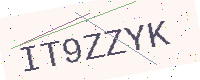
Text: IT9ZZYK